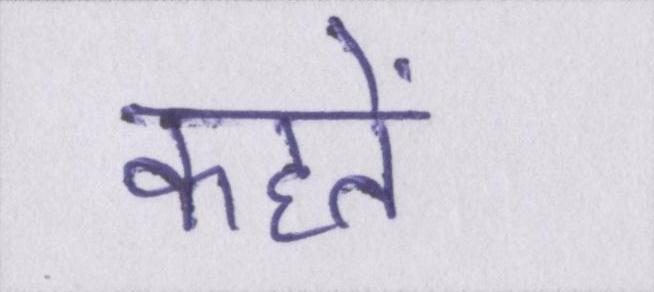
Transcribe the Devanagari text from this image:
कहतें